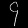
Digit: ၄